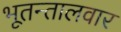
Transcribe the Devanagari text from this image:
भूतन्तालवार